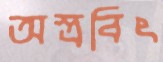
অস্ত্রবিৎ